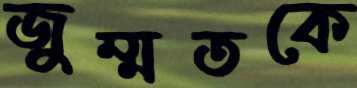
জুম্মতকে